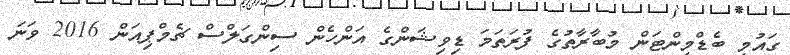
ގައުމީ ބެޑްމިންޓަން މުބާރާތުގެ ފުރަތަމަ ޑިވިޝަންގެ އަންހެން ސިންގަލްސް ޗެމްޕިއަން 2016 ވަނަ